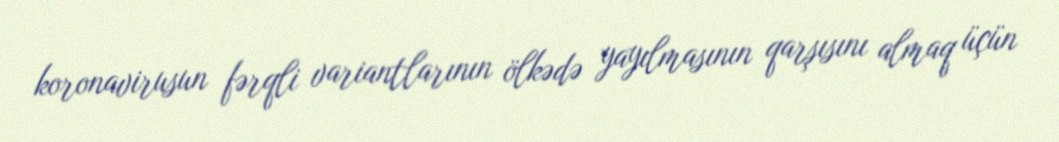
koronavirusun fərqli variantlarının ölkədə yayılmasının qarşısını almaq üçün